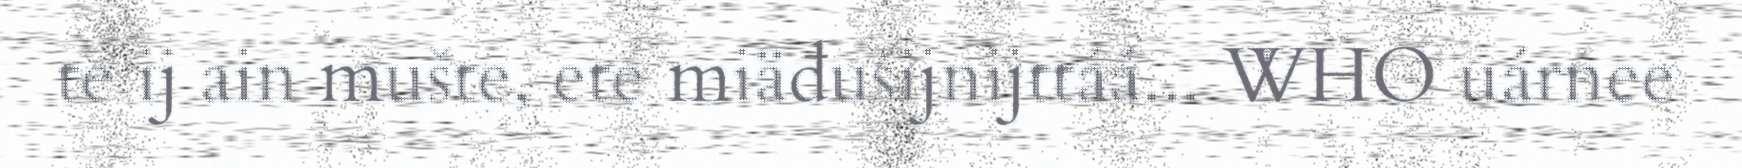
te ij ain mušte, ete miäđušijnijttáá... WHO uárnee